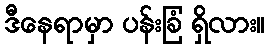
ဒီနေရာမှာ ပန်းခြံ ရှိလား။